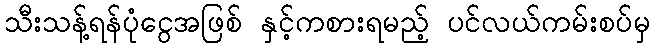
သီးသန့်ရန်ပုံငွေအဖြစ် နှင့်ကစားရမည့် ပင်လယ်ကမ်းစပ်မှ